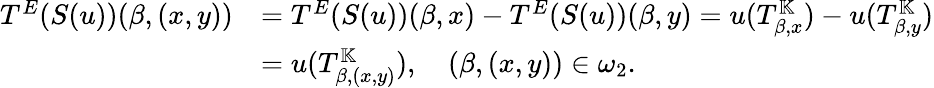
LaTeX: \begin{array}{rl}{T^{E}(S(u))(\beta,(x,y))}&{=T^{E}(S(u))(\beta,x)-T^{E}(S(u))(\beta,y)=u(T_{\beta,x}^{\mathbb{K}})-u(T_{\beta,y}^{\mathbb{K}})}\\ &{=u(T_{\beta,(x,y)}^{\mathbb{K}}),\quad(\beta,(x,y))\in\omega_{2}.}\end{array}